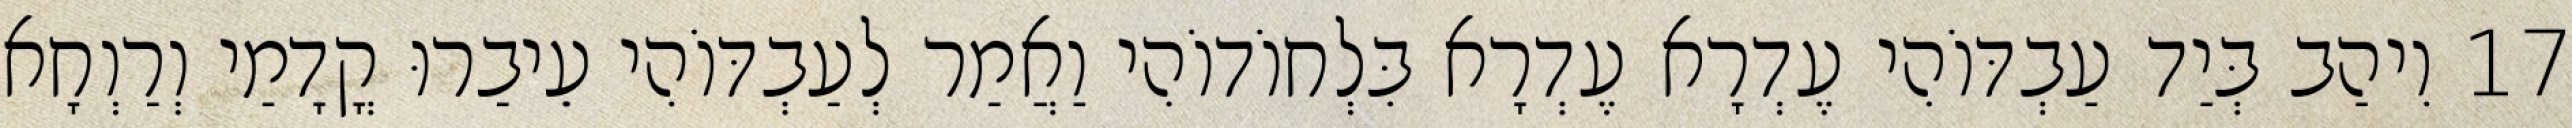
17 וִיהַב בְּיַד עַבְדּוֹהִי עֶדְרָא עֶדְרָא בִּלְחוֹדוֹהִי וַאֲמַר לְעַבְדּוֹהִי עֵיבַרוּ קֳדָמַי וְרַוְחָא